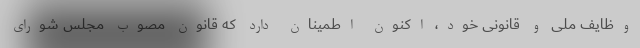
وظایف ملی و قانونی خود، اکنون اطمینان دارد که قانون مصوب مجلس شورای